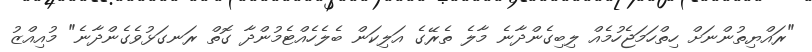
"ރައްޔިތުންނަށް ހިތްހަމަޖެހުމެއް ލިބިގެންދާނެ މާލެ ތެރޭގެ އަލިކަން ބެލެހެއްޓެމުންދާ ގޮތް ރަނގަޅުވެގެންދާނެ" މުުއިއްޒު